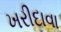
ખરીદાવા